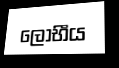
ලෝභීය